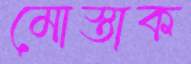
মোস্তাক